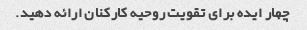
چهار ایده برای تقویت روحیه کارکنان ارائه دهید.